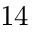
1 4